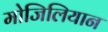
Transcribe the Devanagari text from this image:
मोजिलियान